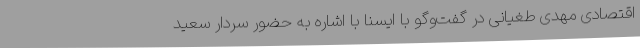
اقتصادی مهدی طغیانی در گفت‌وگو با ایسنا با اشاره به حضور سردار سعید